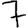
Digit: 7